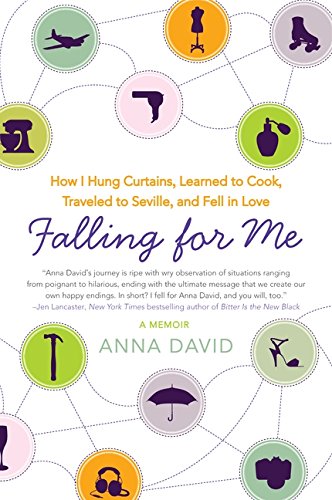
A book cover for Falling for Me: How I Hung Curtains, Learned to Cook, Traveled to Seville, and Fell in Love; Anna David; Travel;